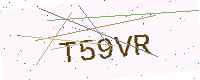
Text: T59VR